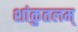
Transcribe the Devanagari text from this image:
शांकुतलम्